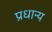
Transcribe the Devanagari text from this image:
प्रधान्य